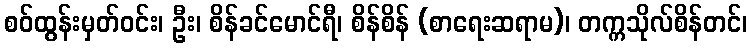
စဝ်ထွန်းမှတ်ဝင်း၊ ဦး၊ စိန်ခင်မောင်ရီ၊ စိန်စိန် (စာရေးဆရာမ)၊ တက္ကသိုလ်စိန်တင်၊